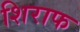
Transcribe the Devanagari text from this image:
शिराफ